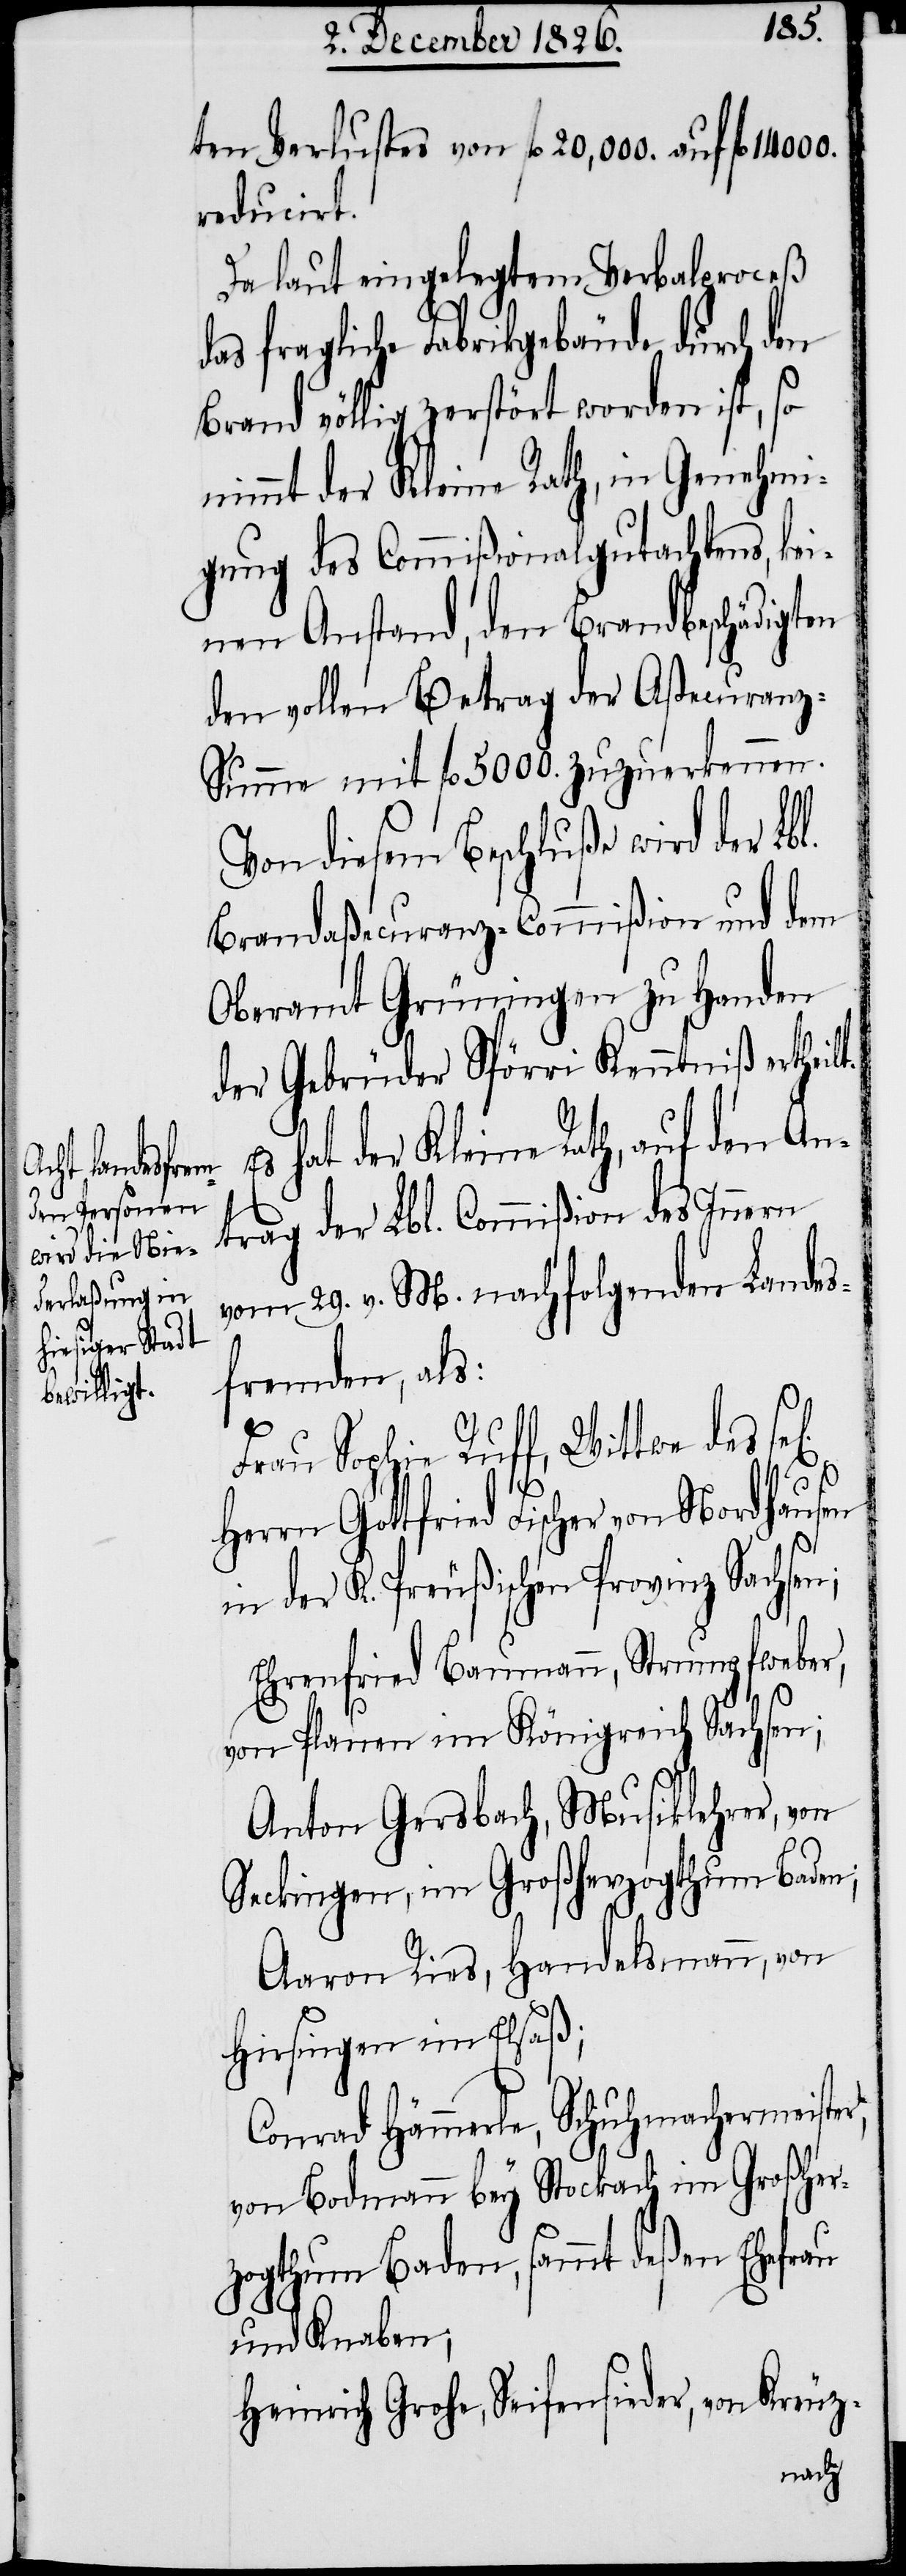
l[igen]

ten Verlustes von fl. 20,000. auf fl. 14
reducirt.
Da laut eingelegtem Verbalproceß
das fragliche Fabrikgebäude durch den
Brand völlig zerstört worden ist, so
nimmt der Kleine Rath, in Genehmi¬
gung des Commißionalgutachtens, kei¬
nen Anstand, den Brandbeschädigten
den vollen Betrag der Aßecuran¬
z-Summe mit fl. 5000. zuzuerkennen.
Von diesem Beschluße wird der Lb¬
Brandaßecuranz-Commißion und dem
Oberamt Grüningen zu Handen
der Gebrüder Spörri Kenntniß ertheil¬
Es hat der Kleine Rath, auf den An¬
trag der Lbl. Commißion des Innern
vom 29. v. M. nachfolgenden Landes¬
fremden, als:
Frau Sophie Ruff, Wittwe des se¬
Herrn Gottfried Fischer von Nordhausen
in der K. Preußischen Provinz Sachsen;
Ehrenfried Baumann, Strumpfweber,
r,
von Plauen im Königreich Sachsen;
Anton Gersbach, Musiklehrer, von
Seckingen, im Großherzogthum Baden;
Aaron Ries, Handelsmann, von
Hirsingen im Elsaß;
Conrad Hämmerle, Schuhmachermeiste¬
von Bodmann bey Stockach im Großherz¬
thum Baden, sammt deßen Ehefrau
og¬
und Knaben;
Heinrich Grohe, Seifensieder, von Kreuz-